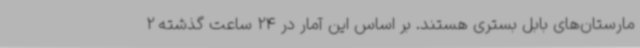
مارستان‌های بابل بستری هستند. بر اساس این آمار در 24 ساعت گذشته 2